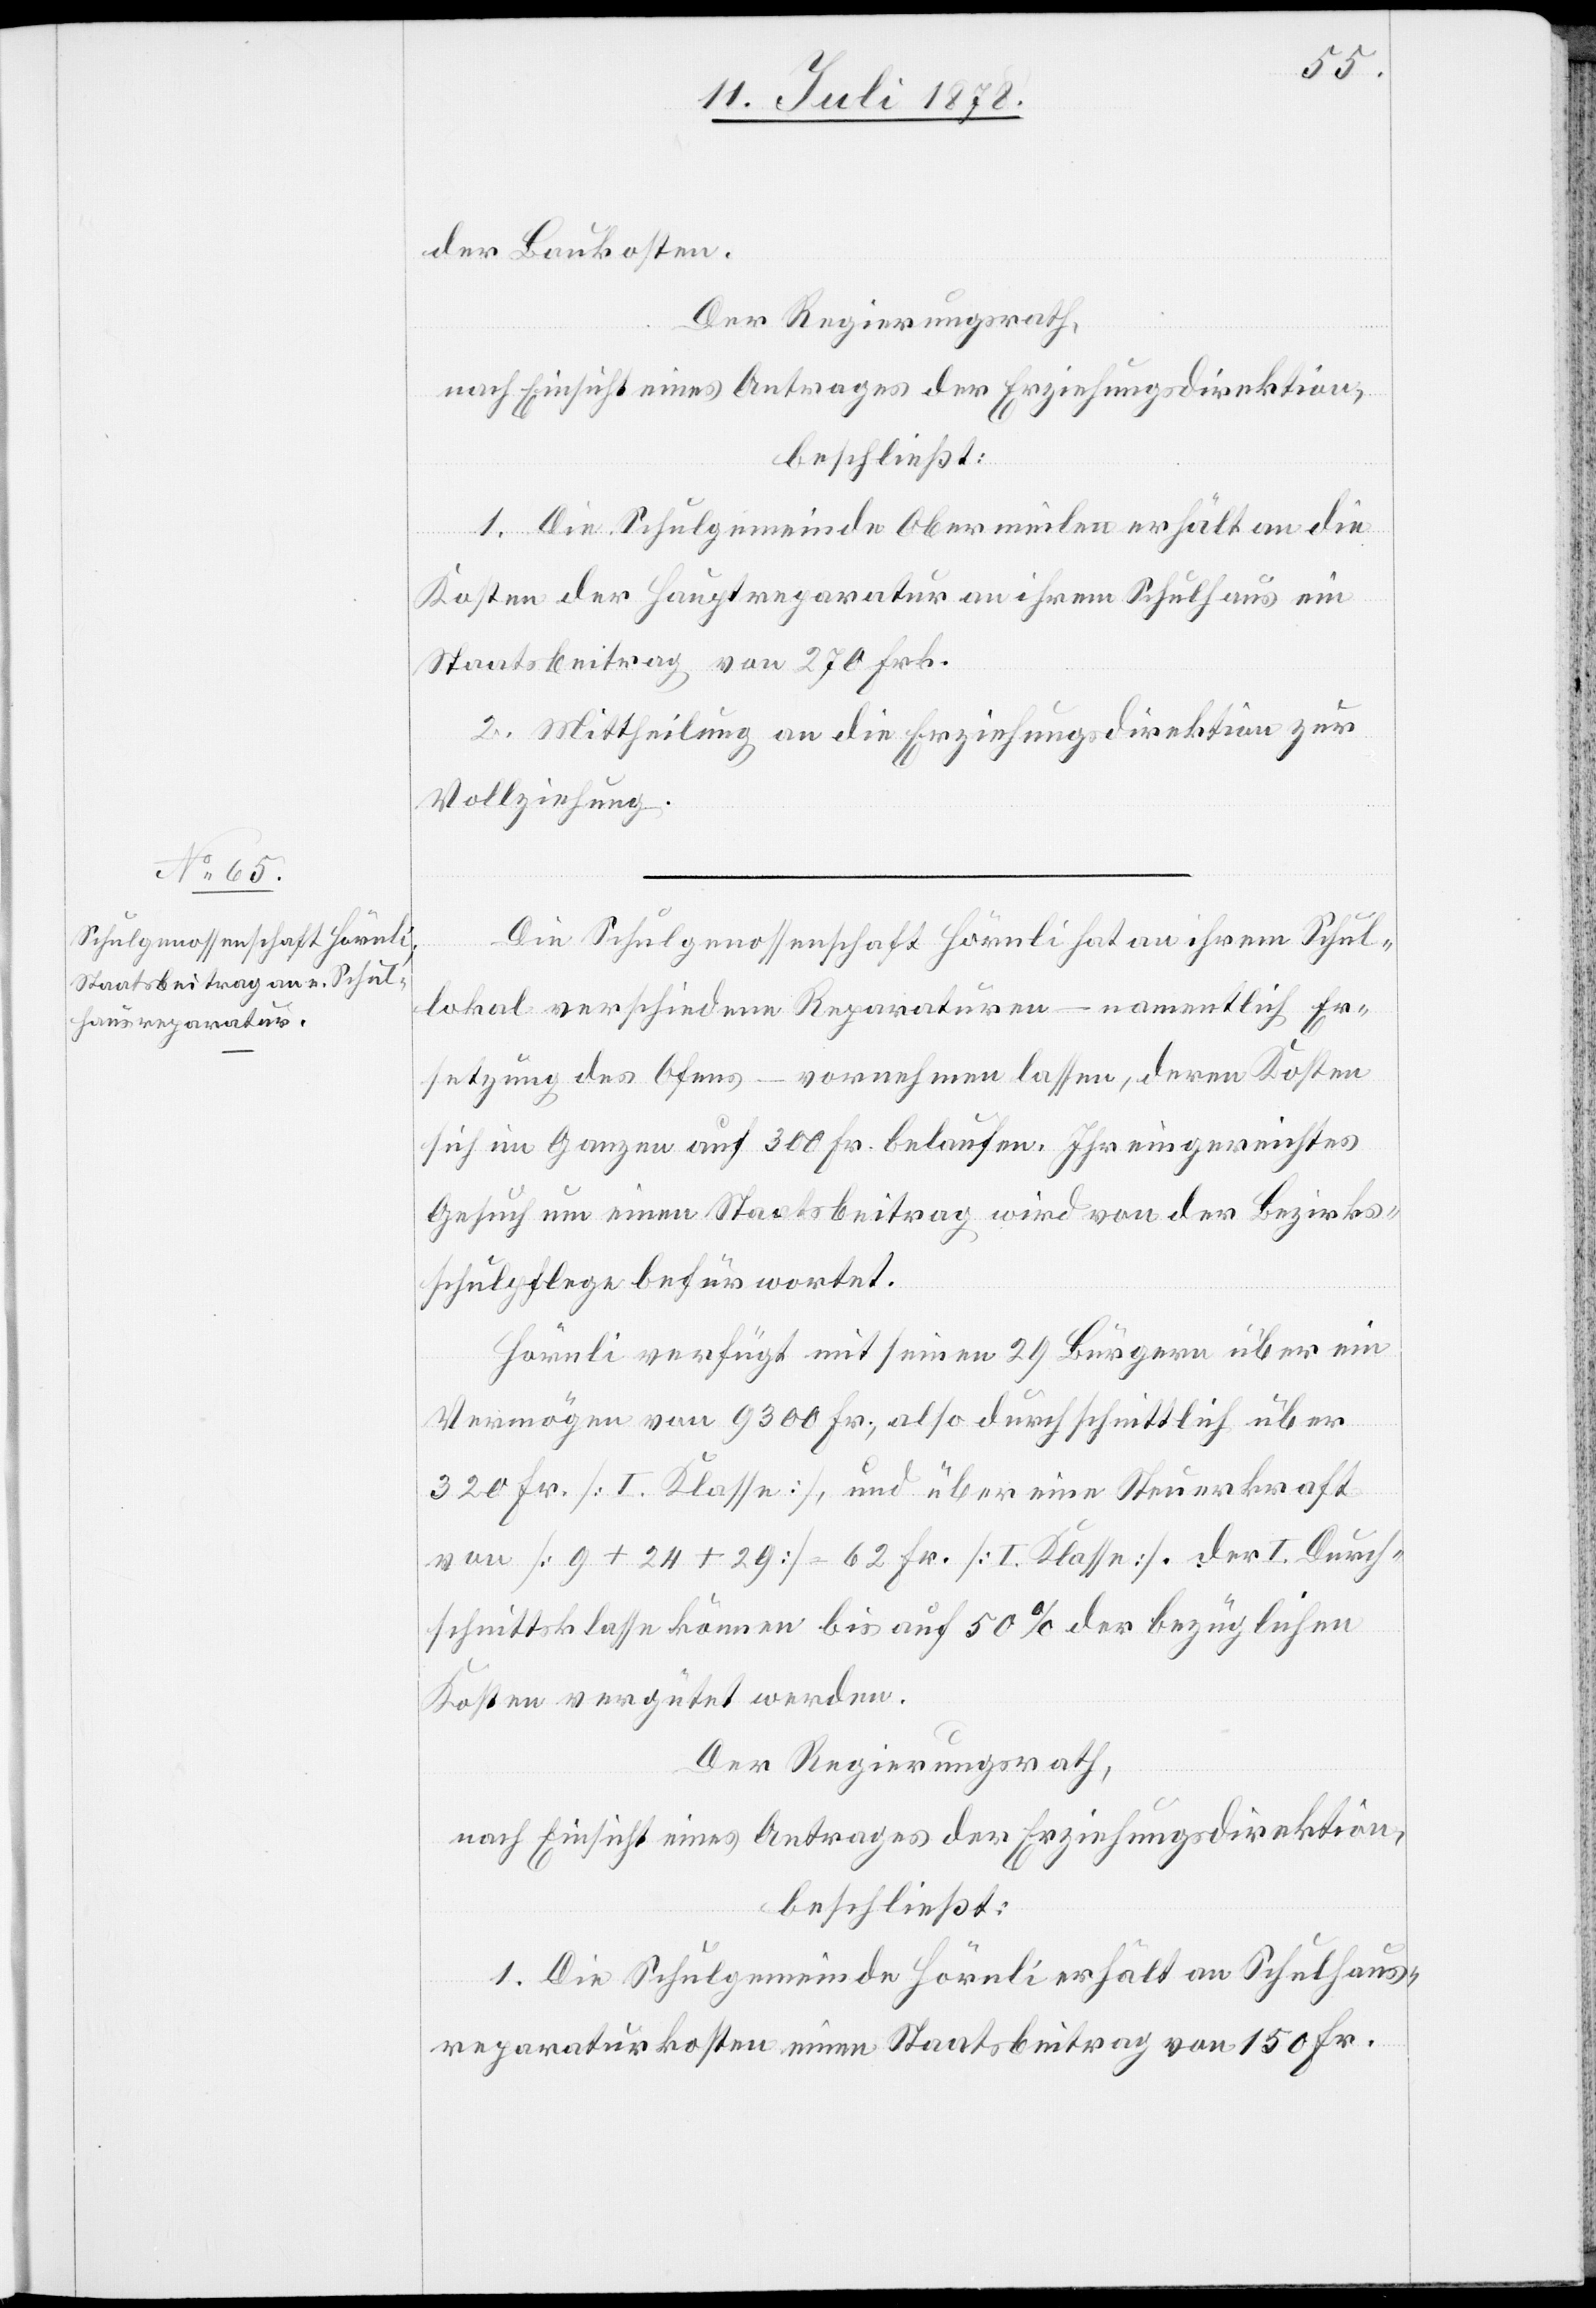
Die Schulgenossenschaft Hörnli hat an ihrem Schul¬
lokal verschiedene Reparaturen – namentlich Er¬
setzung des Ofens – vornehmen lassen, deren Kosten
sich im Ganzen auf 300 Fr. belaufen. Ihr eingereichtes
Gesuch um einen Staatsbeitrag wird von der Bezirks¬
schulpflege befürwortet.
Hörnli verfügt mit seinen 29 Bürgern über ein
Vermögen von 9300 Fr., also durchschnittlich über
320 Fr. [I. Klasse], und über eine Steuerkraft
von [9 + 24 + 29] = 62 Fr. [I. Klasse] Der I. Durch¬
schnittsklasse können bis auf 50% der bezüglichen
Kosten vergütet werden.
Der Regierungsrath,
nach Einsicht eines Antrages der Erziehungsdirektion,
beschließt:
1. Die Schulgemeinde Hörnli erhält an Schulhaus¬
reparaturkosten einen Staatsbeitrag von 150 Fr.